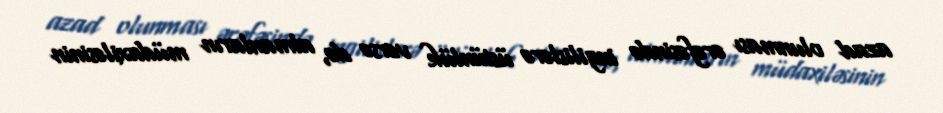
azad olunması ərəfəsində ingilislərə üstünlük versə də, almanların müdaxiləsinin